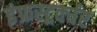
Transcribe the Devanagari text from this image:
इंफ्रस्ट्रर्क्चर